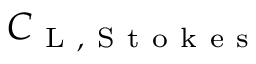
C _ { \mathrm { ~ L ~ } , \mathrm { ~ S ~ t ~ o ~ k ~ e ~ s ~ } }